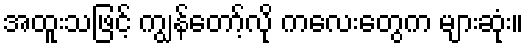
အထူးသဖြင့် ကျွန်တော့်လို ကလေးတွေက များဆုံး။